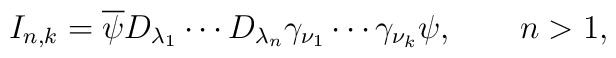
I_{n,k}=\overline{\psi }D_{\lambda _{1}}\cdots D_{\lambda _{n}}\gamma _{\nu_{1}}\cdots \gamma _{\nu _{k}}\psi ,\qquad n>1,